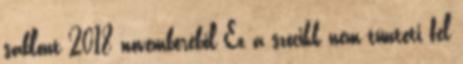
sablont 2018 novemberéből Ez a szócikk nem tünteti fel